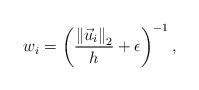
LaTeX: \begin{align*}w_{i}=\left(\frac{\left\Vert \vec{u}_{i}\right\Vert _{2}}{h}+\epsilon\right)^{-1},\end{align*}